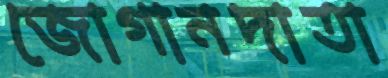
জোগানদাতা